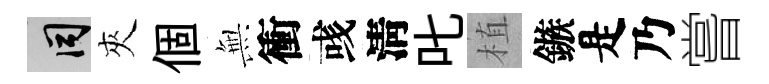
间夾個𭴾衝彧淸叱植鏃是乃嘗